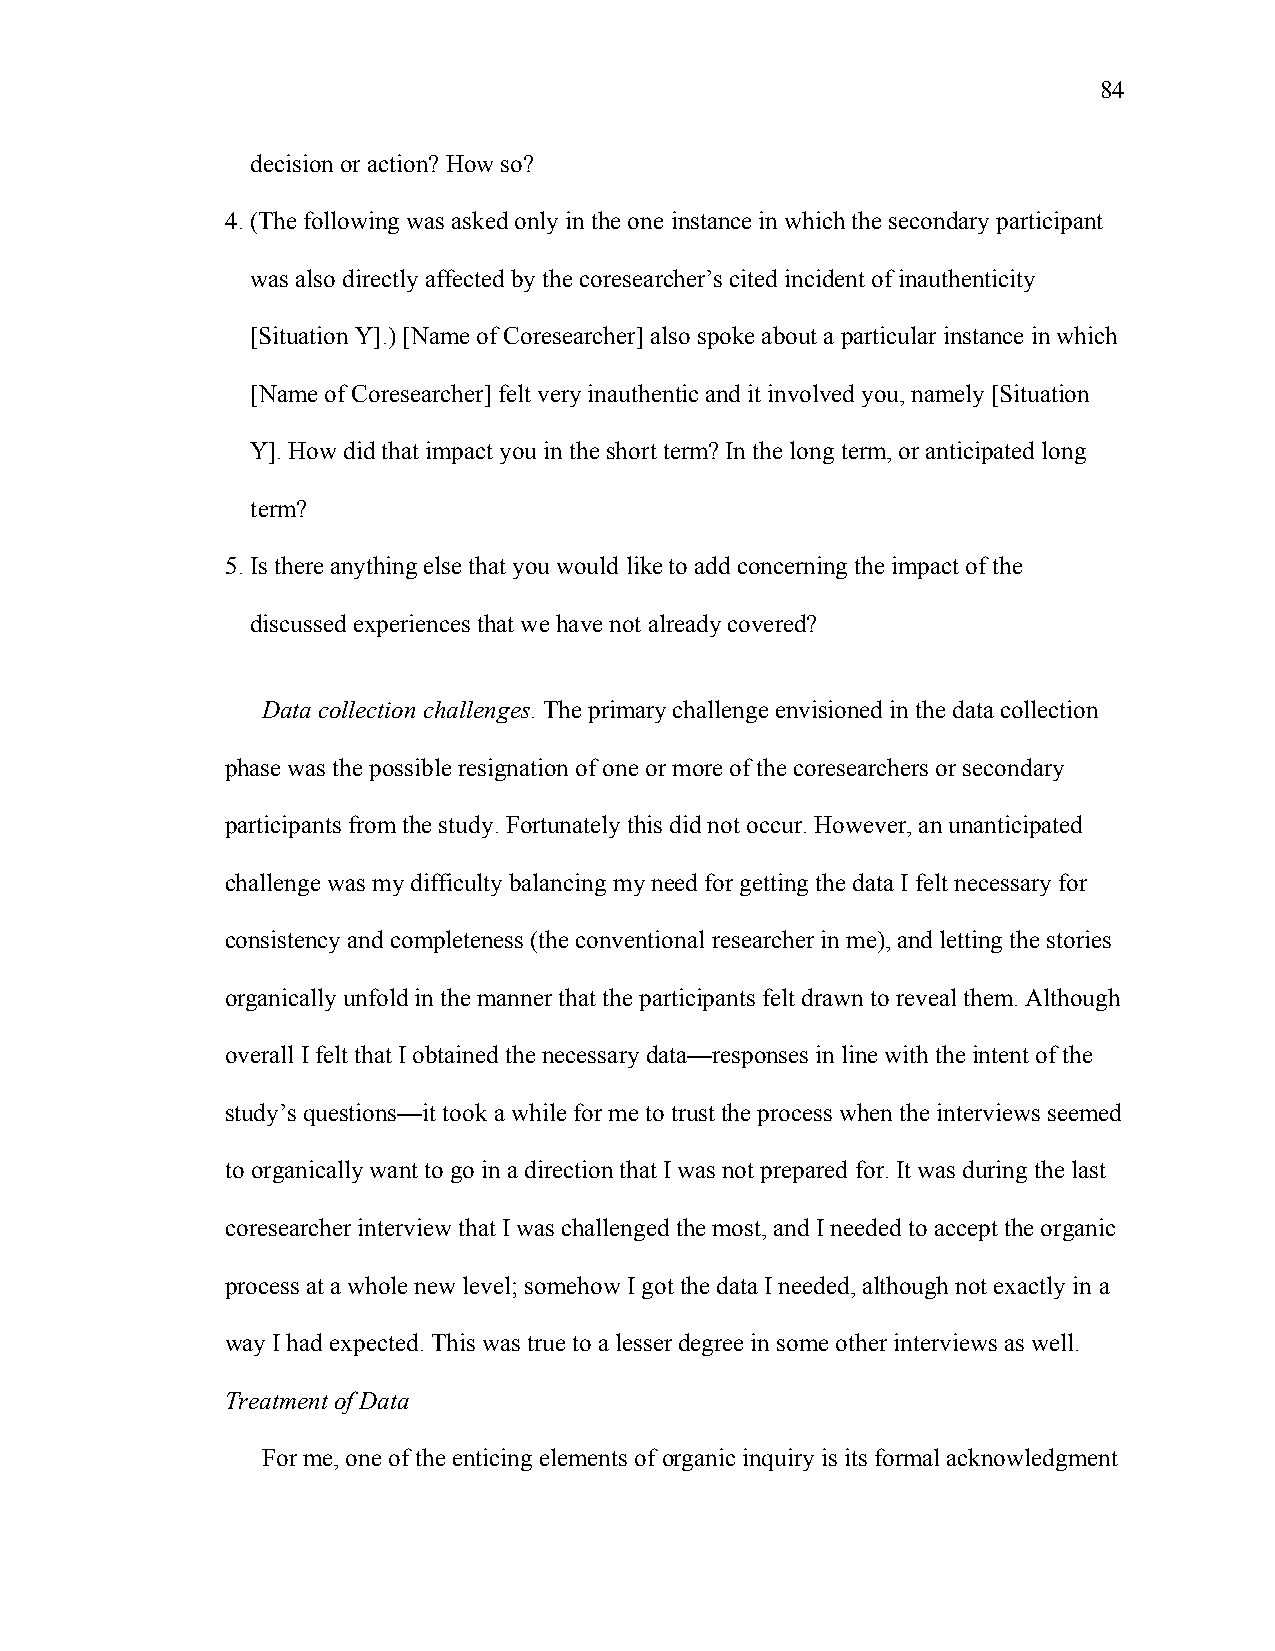
84
 decision or action? How so?
 4. (The following was asked only in the one instance in which the secondary participant
 was also directly affected by the coresearcher’s cited incident of inauthenticity
 [Situation Y].) [Name of Coresearcher] also spoke about a particular instance in which
 [Name of Coresearcher] felt very inauthentic and it involved you, namely [Situation
 Y]. How did that impact you in the short term? In the long term, or anticipated long
 term?
 5. Is there anything else that you would like to add concerning the impact of the
 discussed experiences that we have not already covered?
 Data collection challenges. The primary challenge envisioned in the data collection
 phase was the possible resignation of one or more of the coresearchers or secondary
 participants from the study. Fortunately this did not occur. However, an unanticipated
 challenge was my difficulty balancing my need for getting the data I felt necessary for
 consistency and completeness (the conventional researcher in me), and letting the stories
 organically unfold in the manner that the participants felt drawn to reveal them. Although
 overall I felt that I obtained the necessary data—responses in line with the intent of the
 study’s questions—it took a while for me to trust the process when the interviews seemed
 to organically want to go in a direction that I was not prepared for. It was during the last
 coresearcher interview that I was challenged the most, and I needed to accept the organic
 process at a whole new level; somehow I got the data I needed, although not exactly in a
 way I had expected. This was true to a lesser degree in some other interviews as well.
 Treatment of Data
 For me, one of the enticing elements of organic inquiry is its formal acknowledgment